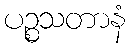
ပဉ္စသတာနံ